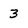
Character: 3